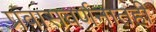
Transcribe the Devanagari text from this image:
प्रवासवर्णनातही